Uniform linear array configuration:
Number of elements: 12
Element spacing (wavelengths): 0.75
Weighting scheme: uniform
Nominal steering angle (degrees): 0
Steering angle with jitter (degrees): -1.258
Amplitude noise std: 0.05
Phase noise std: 0.05

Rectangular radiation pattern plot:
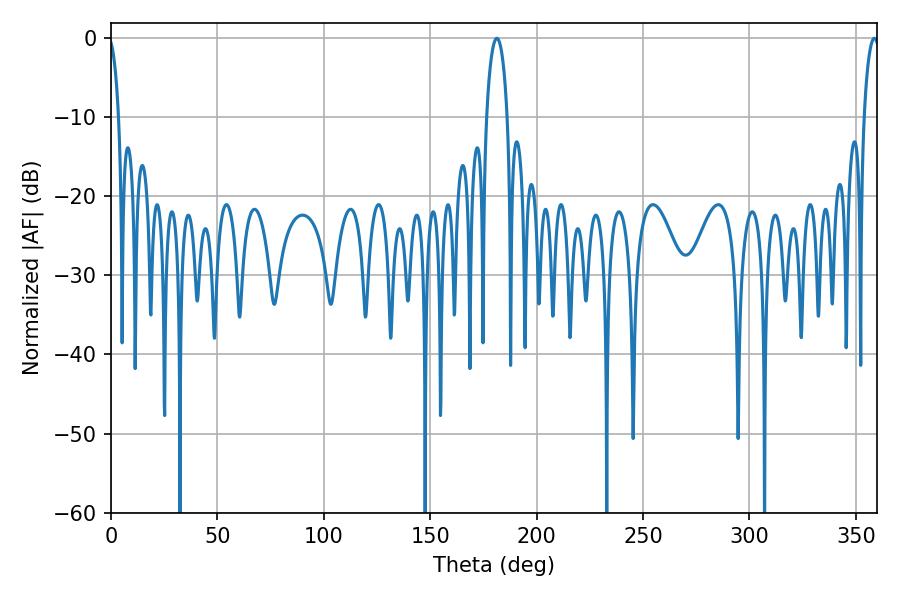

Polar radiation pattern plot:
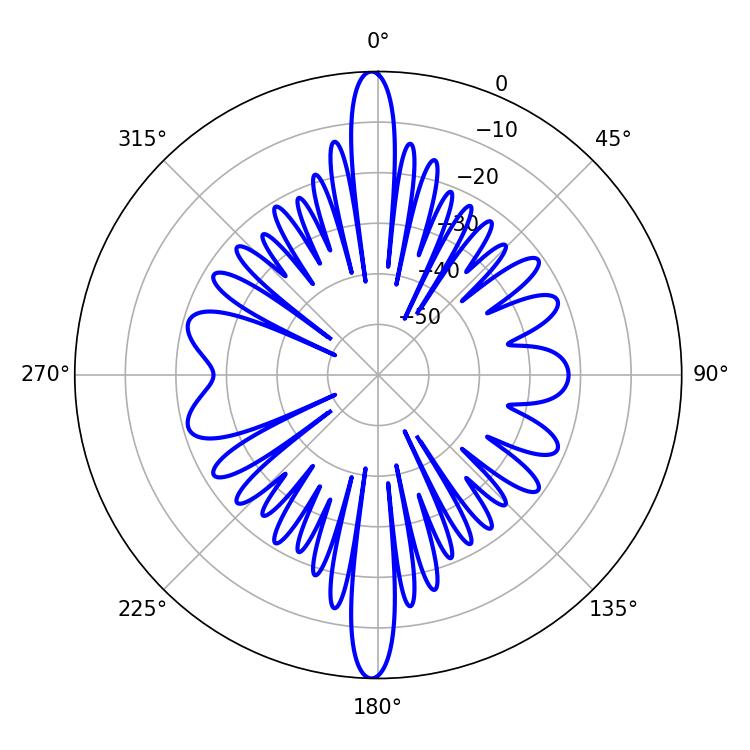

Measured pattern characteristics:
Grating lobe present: TRUE
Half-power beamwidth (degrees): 5.58
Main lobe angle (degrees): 181.26